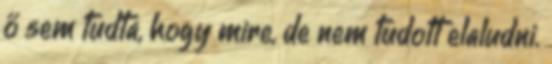
ő sem tudta, hogy mire, de nem tudott elaludni.